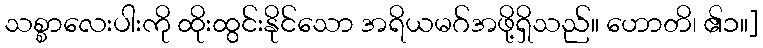
သစ္စာလေးပါးကို ထိုးထွင်းနိုင်သော အရိယမဂ်အဖို့ရှိသည်။ ဟောတိ၊ ၏၁။]